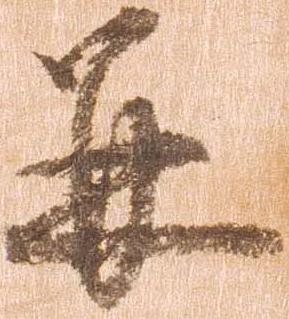
并